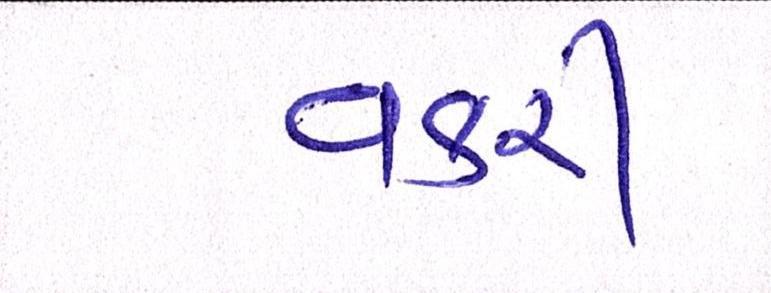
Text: વકરી